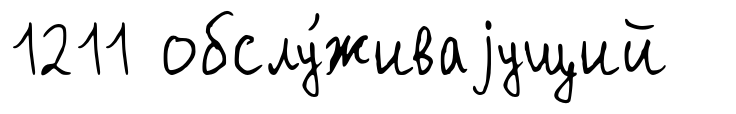
1211 обслу́живаjущий